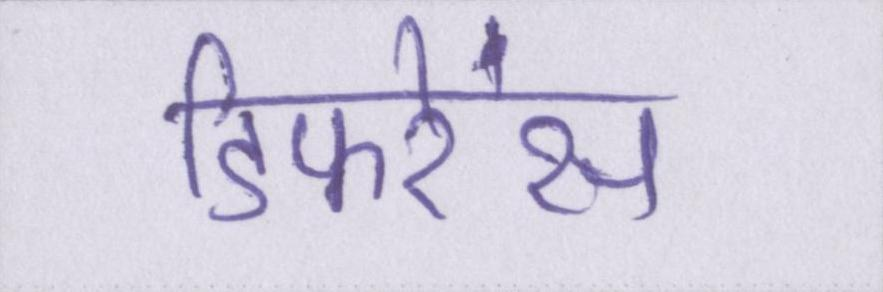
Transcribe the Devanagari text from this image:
डिफरेंस